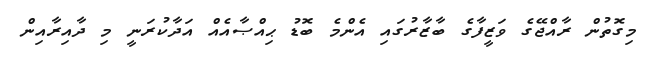
މިގޮތުން ރާއްޖޭގެ ވަޒީފާގެ ބާޒާރުގައި އެންމެ ބޮޑު ޙިއްޞާއެއް އަދާކުރަނީ މި ދާއިރާއިން